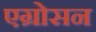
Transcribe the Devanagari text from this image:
एग्रोसन